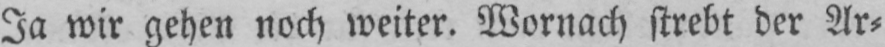
Ja wir gehen noch weiter. Wornach strebt der Ar⸗